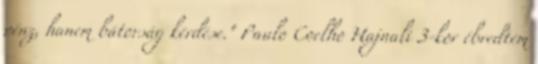
pénz, hanem bátorság kérdése." Paulo Coelho Hajnali 3-kor ébredtem